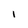
Character: 1